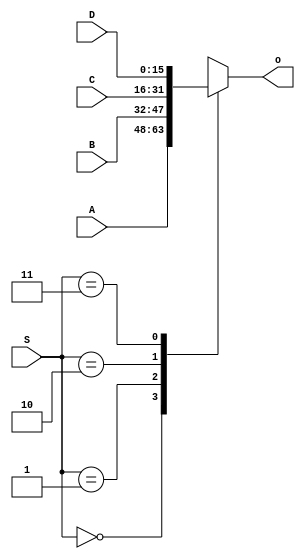
`timescale 1ns / 1ps
//////////////////////////////////////////////////////////////////////////////////
// Company: 
// Engineer: 
// 
// Design Name: 
// Module Name:    Mux_4x2 
// Project Name: 
// Target Devices: 
// Tool versions: 
// Description: 
//
// Dependencies: 
//
// Revision: 
// Revision 0.01 - File Created
// Additional Comments: 
//
//////////////////////////////////////////////////////////////////////////////////
module Mux_4x2(
    input [15:0] A,
    input [15:0] B,
    input [15:0] C,
    input [15:0] D,
    input [1:0] S,
    output reg [15:0] o
    );
	 
	 always @ (A or B or C or D or S)
		case(S)
			2'b00 : o <= A;
			2'b01 : o <= B;
			2'b10 : o <= C;
			2'b11 : o <= D;
		endcase
	 

endmodule